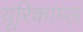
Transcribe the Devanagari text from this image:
यूरिकाम्ल